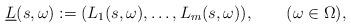
LaTeX: \begin{align*}\underline{L}(s,\omega) :=(L_1(s,\omega),\ldots,L_m(s,\omega)),\qquad(\omega\in\Omega),\end{align*}